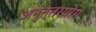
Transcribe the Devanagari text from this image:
अनुत्तरयोग